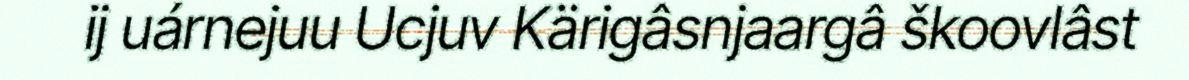
ij uárnejuu Ucjuv Kärigâsnjaargâ škoovlâst